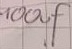
Text: 100uF